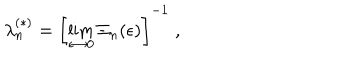
\lambda _ { n } ^ { ( \ast ) } = \left[ \lim _ { \epsilon \rightarrow 0 } \Xi _ { n } ( \epsilon ) \right] ^ { - 1 } \; ,